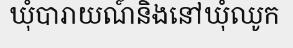
ឃុំបារាយណ៍និងនៅឃុំឈូក